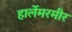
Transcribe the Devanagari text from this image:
हार्लेमरमीर